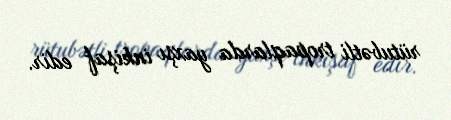
rütubətli tropaqlarda yaxşı inkişaf edir.